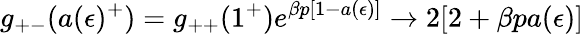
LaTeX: g_{+-}(a(\epsilon)^{+})=g_{++}(1^{+})e^{\beta p[1-a(\epsilon)]}\to 2[2+\beta pa(\epsilon)]